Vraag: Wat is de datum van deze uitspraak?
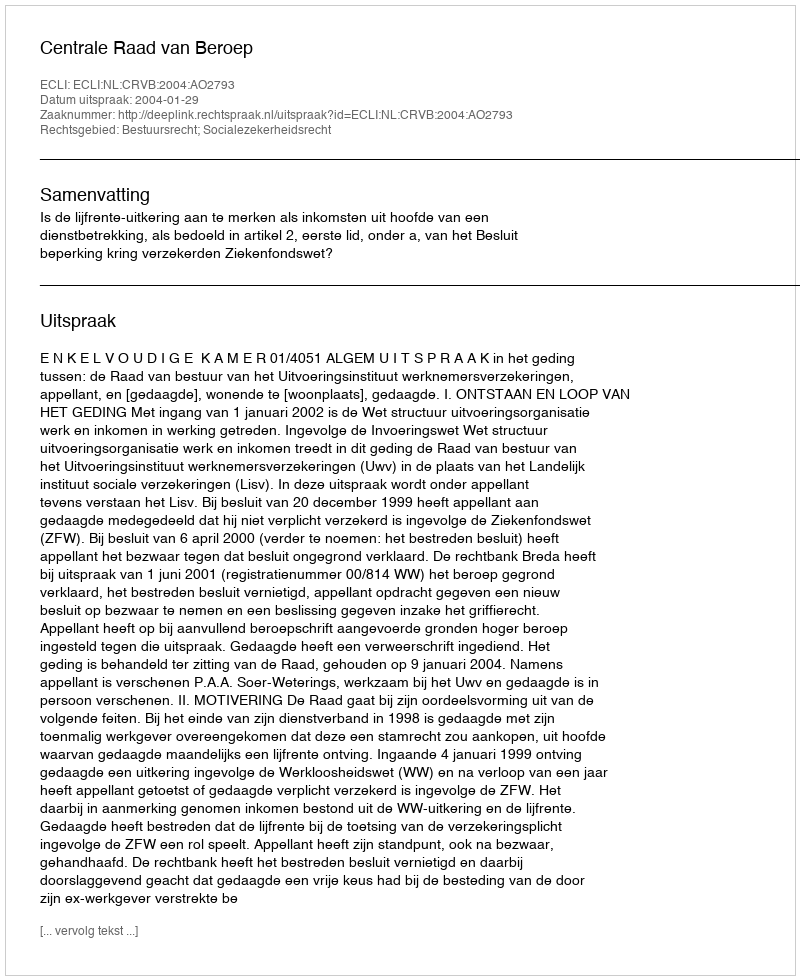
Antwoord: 2004-01-29